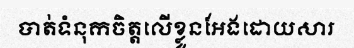
បាត់ទំនុកចិត្តលើខ្លួនអែងដោយសារ